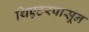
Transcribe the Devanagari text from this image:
थिएटरपासून